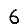
Digit: 6